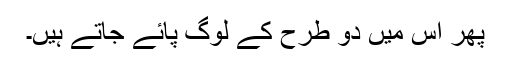
پھر اس میں دو طرح کے لوگ پائے جاتے ہیں۔